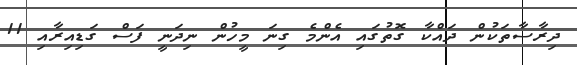
ދިރާސާތަކުން ދައްކާ ގޮތުގައި އެންމެ ގިނަ މީހުން ނިދަނީ ފަސް ގަޑިއިރާއި 11